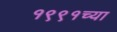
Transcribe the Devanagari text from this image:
१९९१च्या